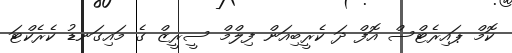
ކޮމް ޕައިރެޓްސް އޮފް ދަ ކެރީބިއަން ފިލްމް ސީރީޒް ގެ މައިގަނޑު ކެރެކްޓަ